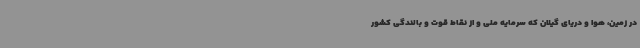
در زمین، هوا و دریای گیلان که سرمایه ملی و از نقاط قوت و بالندگی کشور